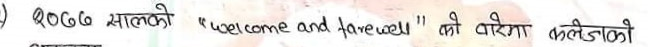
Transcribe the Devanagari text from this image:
२०७७ सालको 'welcome and farewell' को कार्यक्रम कलेजको